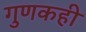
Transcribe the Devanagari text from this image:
गुणकही